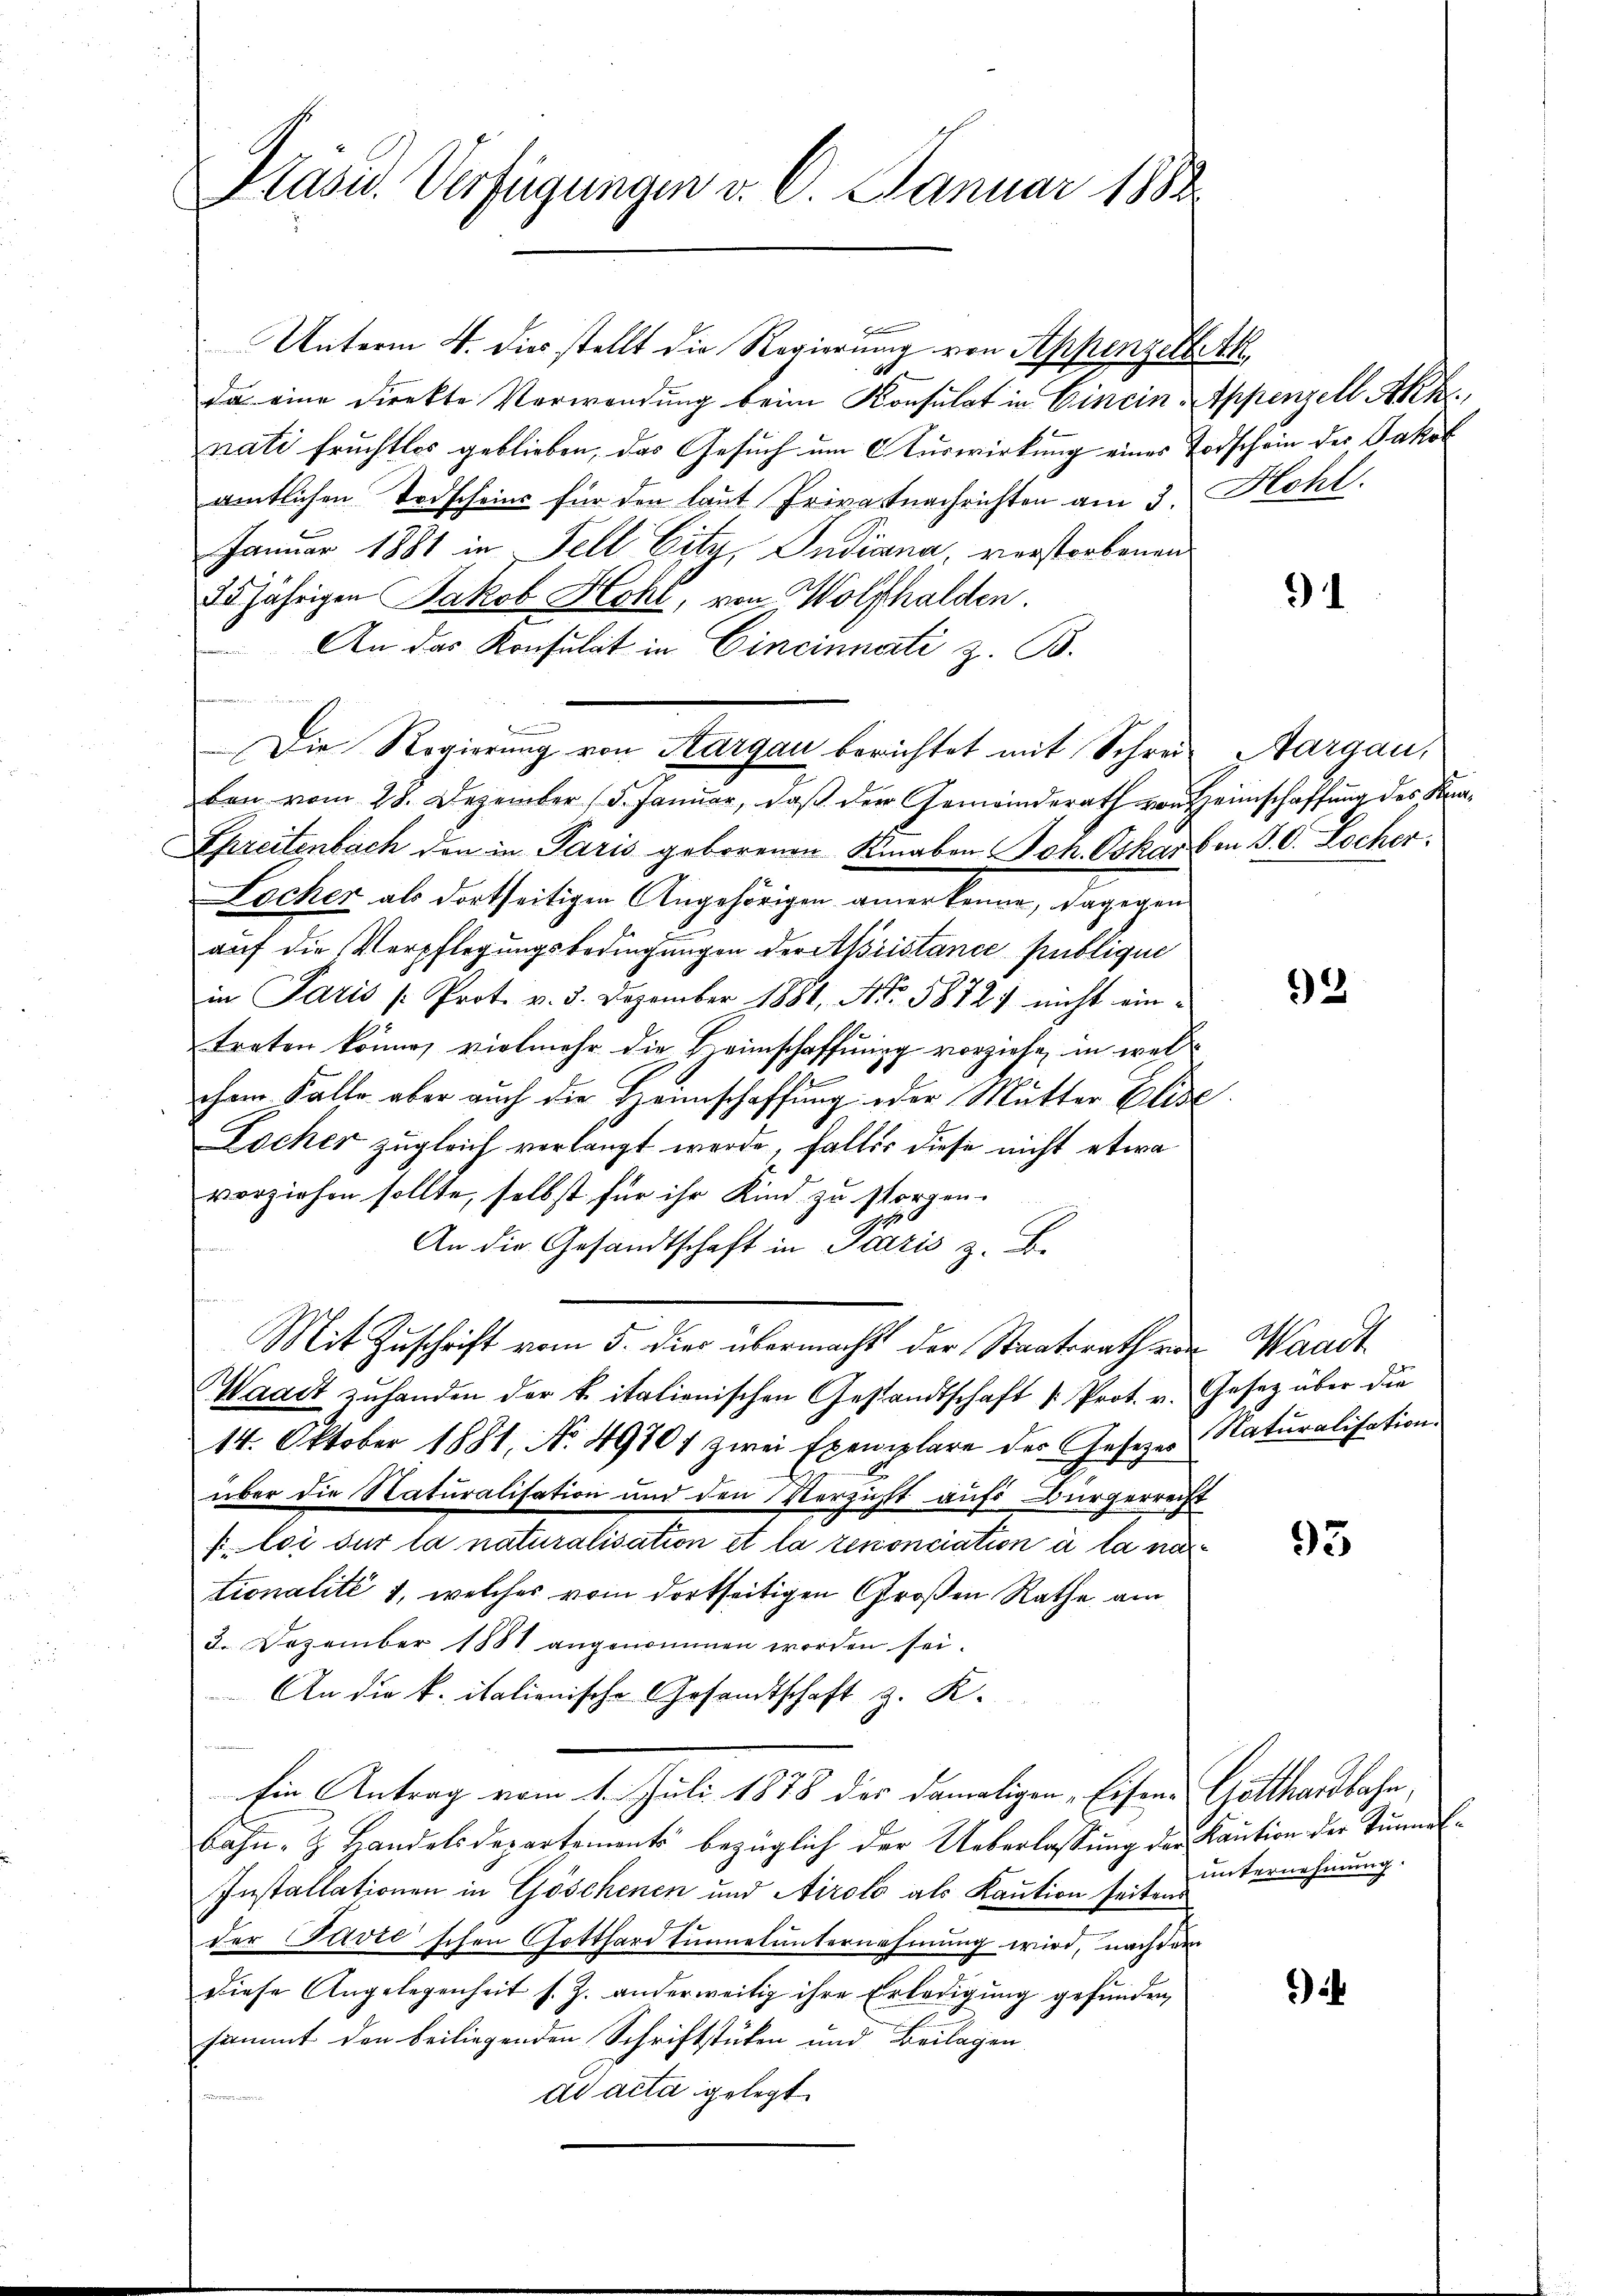
Präsid. Verfügungen v. 6. Januar 1882

i
Unterm 4. dies stellt die Regierung von Appenzell Ak
da eine Direkte Verwendung beim Konsulat in Einein Appenzell Akk
nati fruchtlos geblieben, das Gesuch um Auswirkung eines Todschein der Jakob
amtlichen Todscheins für den laut Privatnachrichten am 3. Kohl.
Januar 1881 in Fell City, Indiana, verstorbenen
35jährigen Jakob Hohl, von Wolfhalden.
An das Konsulat in Cincinnati z. B.
ben vom 28. Dezember (5. Januar, daß der Gemeinderath von Heimschaffung des Kna¬
Spreitenbach den in Paris geborenen Knaben Joh. Oskarben S. C. Locher.
Locher als dortseitigen Angehörigen anerkenne, dagegen
aŭf die Verpflegungsbedingungen der Abristance publique
in Paris /: Prot. v. 3. Dezember 1881, No. 58727 nicht eintreten könne, vielmehr die Heimschaffnung vorziehe, in wel
chem Falle aber auch die Heimschaffung oder Mutter Elise.
Locher zugleich verlangt werde, falles diese nicht etwa
vorziehen sollte, selbst für ihr Kind zu sorgen.
An die Gesandtschaft in Paris z. B.
Mit Zuschrift vom 5. dies übermacht der Staatsrath von Waadt
Waadt zŭ handen der k. italienischen Gestandtschaft |: Prot. v. Gesetz über die
14. Oktober 1881, No. 49701 zwei Exemplare der Gesezes Naturalisation.
über die Naturalisation und den Verzicht aufs Bürgerrecht
½. loi sur la naturalisation et la renonciation à la nat
tionalité 1, welches vom dortseitigen Großen Rathe am
2. Dezember 1881 angenommen worden sei.
An die k. italienische Gesandtschaft z. K.
Ein Antrag vom 1. Juli 1878 des damaligen „Eisen. Gotthardbahn,
Bahn- & Handelsdepartement bezüglich der Ueberlassung der Kaution der Tunnel¬
Installationen in Göschenen und Airolo als Kaution seit unternehmung.
der Favić'schen Gotthard Einmalunternehmung wird, nachdem
diese Angelegenheit s. Z. anderweitig ihre Erledigung gefunden,
sammt den beiliegenden Schriftstücken und Beilagen
ad acta gelegt.

Die Regierung von Aargau berichtet mit Schrei¬

91

Aargau,

2

3

)